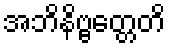
အဘိနိဗ္ဗတ္တေတိ